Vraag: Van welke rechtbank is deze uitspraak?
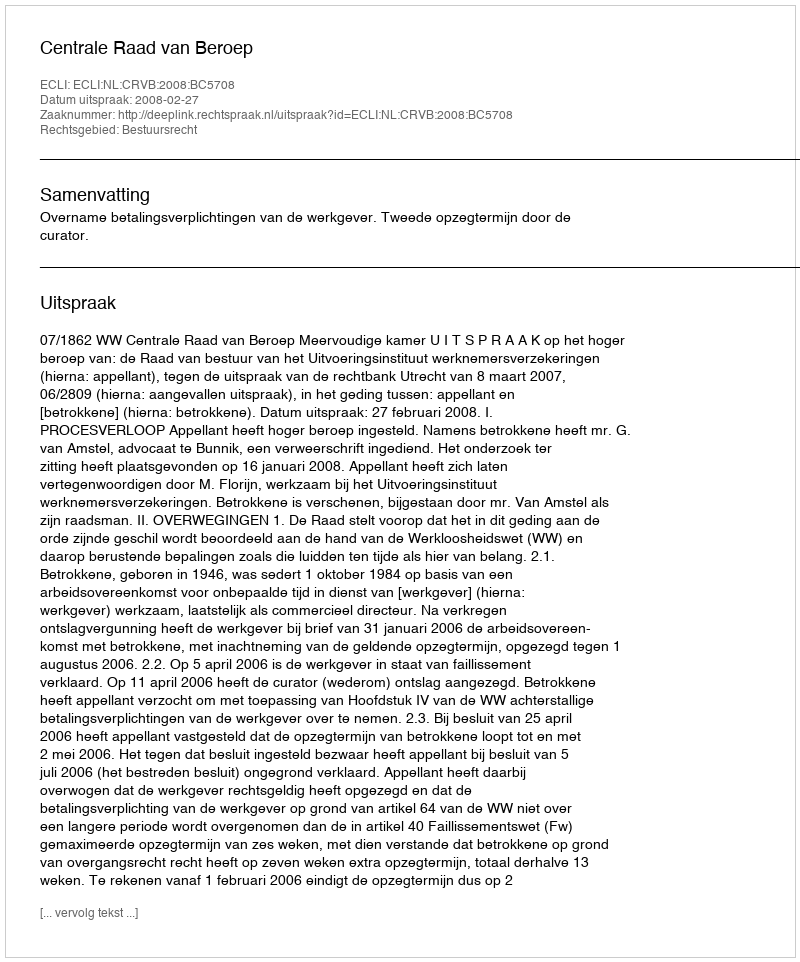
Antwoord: Centrale Raad van Beroep